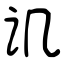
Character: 讥